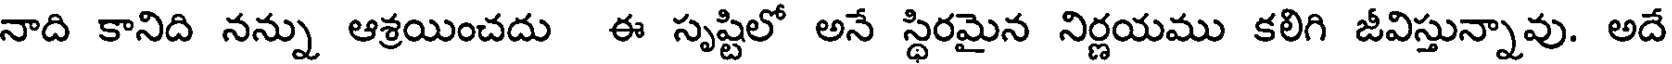
నాది కానిది నన్ను ఆశ్రయించదు ఈ సృష్టిలో అనే స్థిరమైన నిర్ణయము కలిగి జీవిస్తున్నావు. అదే